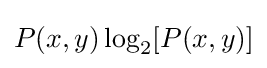
P(x,y)\log _{2}[P(x,y)]